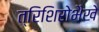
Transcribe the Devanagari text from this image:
त्रिशिरोभैखे